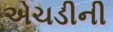
એચડીની